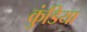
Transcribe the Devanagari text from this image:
कुंडिया